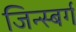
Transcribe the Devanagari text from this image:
जिन्स्बर्ग